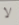
لا